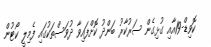
ކޮވިޑް-19އާއި ގުޅިގެން ސަރުކާރު ބަންދު ކޮށްފައިވާ ދުވަސްތަކުގައި ފެމިލީ ކޯޓުން